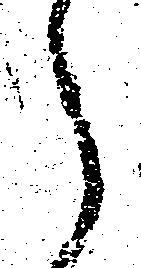
々